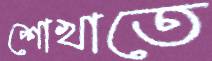
শোখাতে